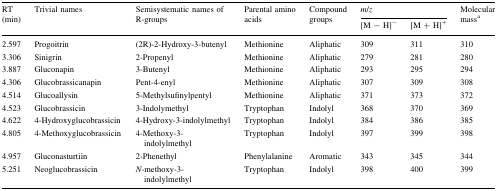
<table><thead><tr><td rowspan="2"><b>RT (min)</b></td><td rowspan="2"><b>Trivial names</b></td><td rowspan="2"><b>Semisystematic names of R-groups</b></td><td rowspan="2"><b>Parental amino acids</b></td><td rowspan="2"><b>Compound groups</b></td><td colspan="2"><b><i>m</i>/<i>z</i></b></td><td rowspan="2"><b>Molecular mass<sup>a</sup></b></td></tr><tr><td><b>[M − H]<sup>−</sup></b></td><td><b>[M + H]<sup>+</sup></b></td></tr></thead><tbody><tr><td>2.597</td><td>Progoitrin</td><td>(2R)-2-Hydroxy-3-butenyl</td><td>Methionine</td><td>Aliphatic</td><td>309</td><td>311</td><td>310</td></tr><tr><td>3.306</td><td>Sinigrin</td><td>2-Propenyl</td><td>Methionine</td><td>Aliphatic</td><td>279</td><td>281</td><td>280</td></tr><tr><td>3.887</td><td>Gluconapin</td><td>3-Butenyl</td><td>Methionine</td><td>Aliphatic</td><td>293</td><td>295</td><td>294</td></tr><tr><td>4.306</td><td>Glucobrassicanapin</td><td>Pent-4-enyl</td><td>Methionine</td><td>Aliphatic</td><td>307</td><td>309</td><td>308</td></tr><tr><td>4.514</td><td>Glucoallysin</td><td>5-Methylsufinylpentyl</td><td>Methionine</td><td>Aliphatic</td><td>371</td><td>373</td><td>372</td></tr><tr><td>4.523</td><td>Glucobrassicin</td><td>3-Indolymethyl</td><td>Tryptophan</td><td>Indolyl</td><td>368</td><td>370</td><td>369</td></tr><tr><td>4.622</td><td>4-Hydroxyglucobrassicin</td><td>4-Hydroxy-3-indolylmethyl</td><td>Tryptophan</td><td>Indolyl</td><td>384</td><td>386</td><td>385</td></tr><tr><td>4.805</td><td>4-Methoxyglucobrassicin</td><td>4-Methoxy-3-indolylmethyl</td><td>Tryptophan</td><td>Indolyl</td><td>397</td><td>399</td><td>398</td></tr><tr><td>4.957</td><td>Gluconasturtiin</td><td>2-Phenethyl</td><td>Phenylalanine</td><td>Aromatic</td><td>343</td><td>345</td><td>344</td></tr><tr><td>5.251</td><td>Neoglucobrassicin</td><td><i>N</i>-methoxy-3-indolylmethyl</td><td>Tryptophan</td><td>Indolyl</td><td>398</td><td>400</td><td>399</td></tr></tbody></table>